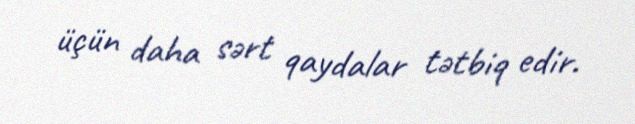
üçün daha sərt qaydalar tətbiq edir.